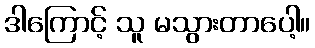
ဒါကြောင့် သူ မသွားတာပေါ့။